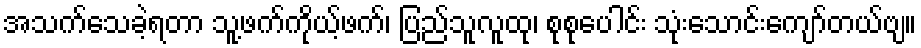
အသက်သေခဲ့ရတာ သူ့ဖက်ကိုယ့်ဖက်၊ ပြည်သူလူထု၊ စုစုပေါင်း သုံးသောင်းကျော်တယ်ဗျ။